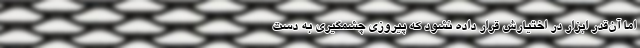
اما آن‌قدر ابزار در اختیارش قرار داده نشود که پیروزی چشمگیری به دست